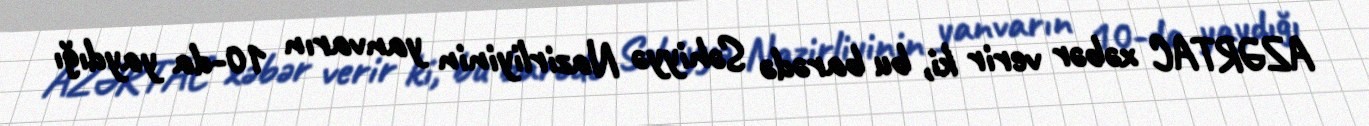
AZƏRTAC xəbər verir ki, bu barədə Səhiyyə Nazirliyinin yanvarın 10-da yaydığı